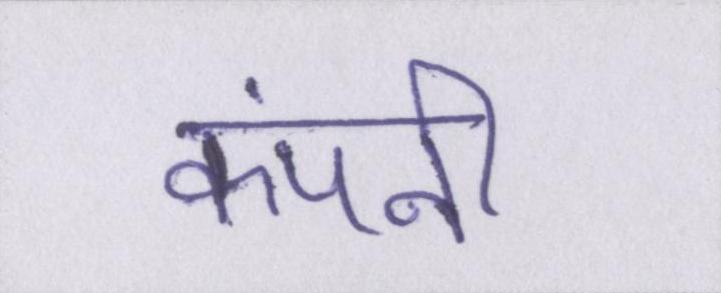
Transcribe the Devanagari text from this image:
कंपनी